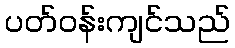
ပတ်ဝန်းကျင်သည်